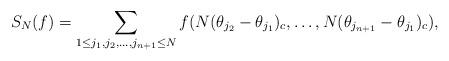
LaTeX: \begin{align*}S_N(f)=\sum_{1\leq j_1, j_2, \ldots, j_{n+1}\leq N} f(N\*(\theta_{j_2}-\theta_{j_1})_c, \ldots, N\*(\theta_{j_{n+1}}-\theta_{j_1})_c),\end{align*}